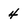
Character: 4